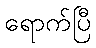
ရောက်ပြီ